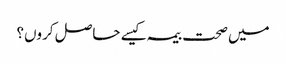
میں صحت بیمہ کیسے حاصل کروں؟